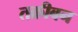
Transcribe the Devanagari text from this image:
तक्रीबन